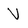
Character: V